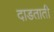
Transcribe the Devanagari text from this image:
दाडताती